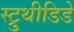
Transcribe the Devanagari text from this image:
स्ट्रुथीडिडे